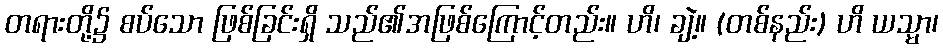
တရားတို့၌ စပ်သော ဖြစ်ခြင်းရှိ သည်၏အဖြစ်ကြောင့်တည်း။ ဟိ၊ ချဲ့။ (တစ်နည်း) ဟိ ယသ္မာ၊